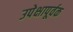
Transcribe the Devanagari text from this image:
उपेक्षापूर्वक